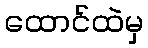
ထောင်ထဲမှ